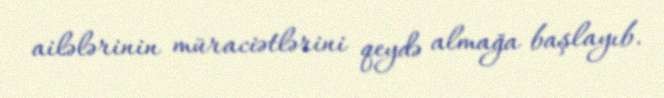
ailələrinin müraciətlərini qeydə almağa başlayıb.